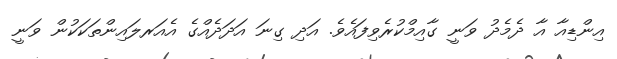
އިންޑިއާ އާ ދެމެދު ވަނީ ގާއިމްކުރެވިފައެވެ. އަދި ގިނަ އަދަދެއްގެ އެއަރލައިންތަކަކުން ވަނީ